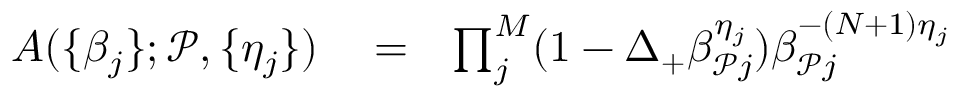
\begin{array} { r l r } { A ( \{ \beta _ { j } \} ; \mathcal { P } , \{ \eta _ { j } \} ) } & { { } = } & { \prod _ { j } ^ { M } ( 1 - \Delta _ { + } \beta _ { \mathcal { P } j } ^ { \eta _ { j } } ) \beta _ { \mathcal { P } j } ^ { - ( N + 1 ) \eta _ { j } } } \end{array}